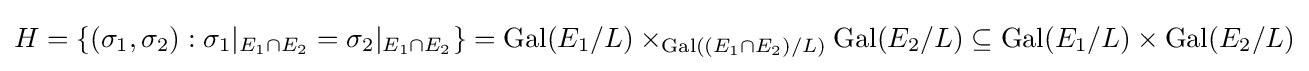
H=\{(\sigma _{1},\sigma _{2}):\sigma _{1}|_{E_{1}\cap E_{2}}=\sigma _{2}|_{E_{1}\cap E_{2}}\}={\text{Gal}}(E_{1}/L)\times _{{\text{Gal}}((E_{1}\cap E_{2})/L)}{\text{Gal}}(E_{2}/L)\subseteq {\text{Gal}}(E_{1}/L)\times {\text{Gal}}(E_{2}/L)